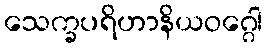
သေက္ခပရိဟာနိယဝဂ္ဂေါ